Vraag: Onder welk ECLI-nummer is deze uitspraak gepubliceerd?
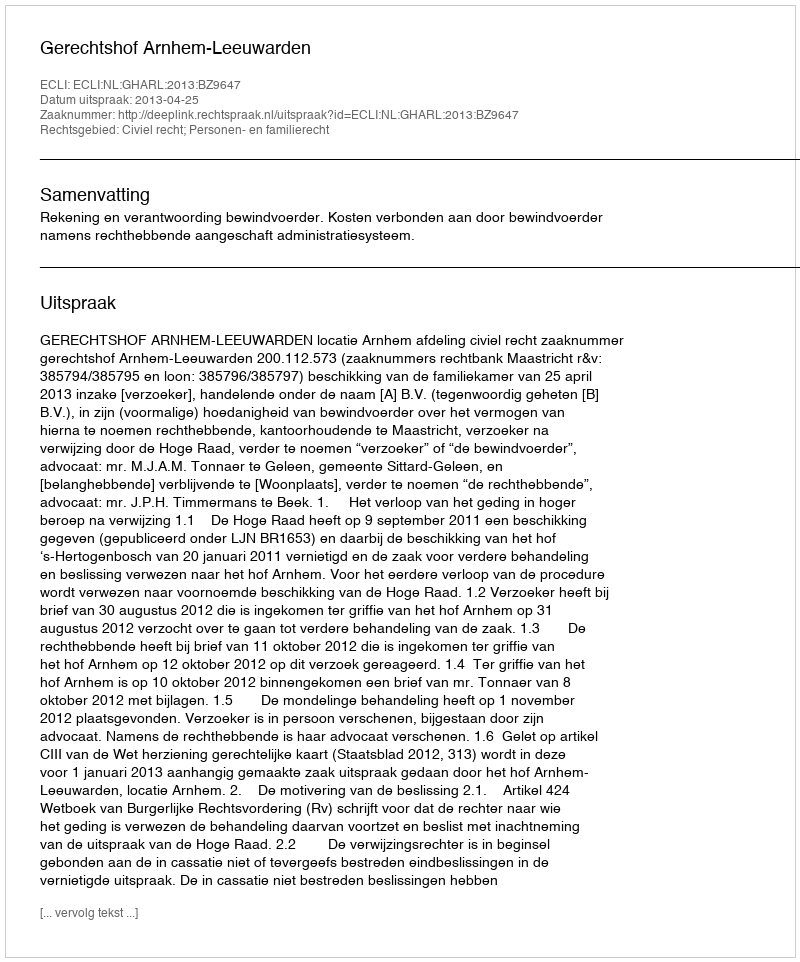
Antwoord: ECLI:NL:GHARL:2013:BZ9647